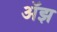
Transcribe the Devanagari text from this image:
अॅझ